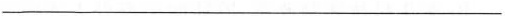
___